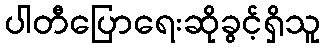
ပါတီပြောရေးဆိုခွင့်ရှိသူ